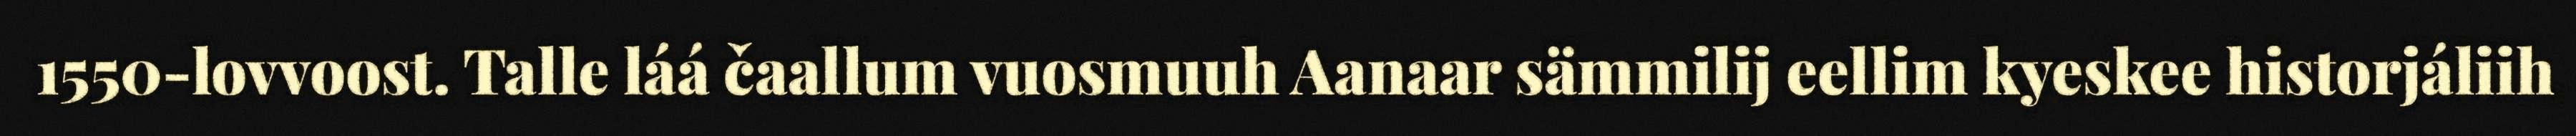
1550-lovvoost. Talle láá čaallum vuosmuuh Aanaar sämmilij eellim kyeskee historjáliih